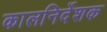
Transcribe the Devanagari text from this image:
कालनिर्देशक